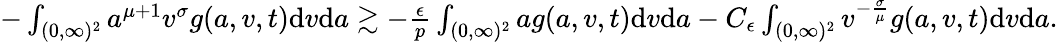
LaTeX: \begin{array}{r}{-\int_{(0,\infty)^{2}}a^{\mu+1}v^{\sigma}g(a,v,t)\textup{d}v\textup{d}a\gtrsim-\frac{\epsilon}{p}\int_{(0,\infty)^{2}}ag(a,v,t)\textup{d}v\textup{d}a-C_{\epsilon}\int_{(0,\infty)^{2}}v^{-\frac{\sigma}{\mu}}g(a,v,t)\textup{d}v\textup{d}a.}\end{array}